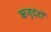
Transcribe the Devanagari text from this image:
ऋजुदंडों